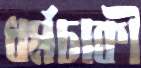
ধর্মচাকী